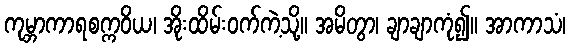
ကုမ္ဘာကာရစက္ကဝိယ၊ အိုးထိမ်းဝက်ကဲ့သို့။ အမိတွာ၊ ချာချာကုံ၍။ အာကာသံ၊